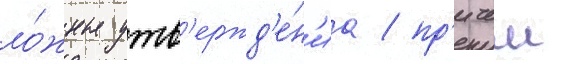
ло́жные утв'ержд'е́н'иа / пр'ичем